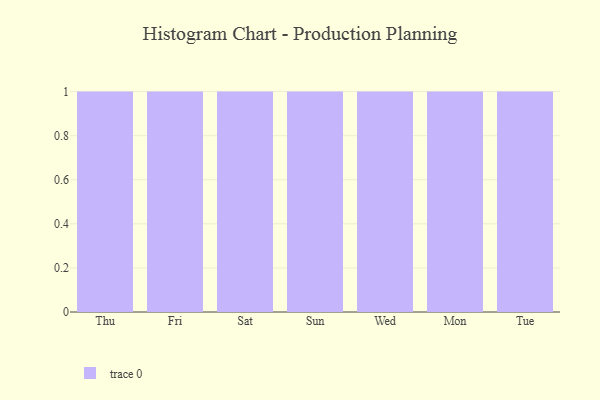
{"axis": {"x": "Day", "y": "Active Users"}, "legend": [""], "data": [{"x": "Thu", "y": 23, "type": ""}, {"x": "Fri", "y": 52, "type": ""}, {"x": "Sat", "y": 7, "type": ""}, {"x": "Sun", "y": 24, "type": ""}, {"x": "Wed", "y": 98, "type": ""}, {"x": "Mon", "y": 90, "type": ""}, {"x": "Tue", "y": 48, "type": ""}]}